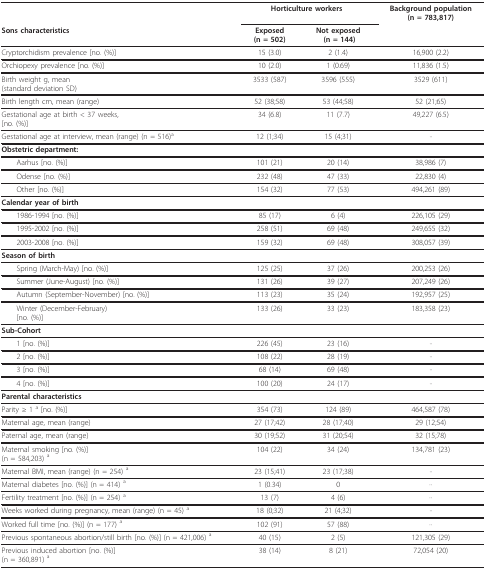
<table><thead><tr><td></td><td colspan="2"><b>Horticulture workers</b></td><td><b>Background population(n = 783,817)</b></td></tr><tr><td><b>Sons characteristics</b></td><td><b>Exposed(n = 502)</b></td><td><b>Not exposed (n = 144)</b></td><td></td></tr></thead><tbody><tr><td>Cryptorchidism prevalence [no. (%)]</td><td>15 (3.0)</td><td>2 (1.4)</td><td>16,900 (2.2)</td></tr><tr><td>Orchiopexy prevalence [no. (%)]</td><td>10 (2.0)</td><td>1 (0.69)</td><td>11,836 (1.5)</td></tr><tr><td>Birth weight g, mean(standard deviation SD)</td><td>3533 (587)</td><td>3596 (555)</td><td>3529 (611)</td></tr><tr><td>Birth length cm, mean (range)</td><td>52 (38;58)</td><td>53 (44;58)</td><td>52 (21;65)</td></tr><tr><td>Gestational age at birth &lt; 37 weeks,[no. (%)]</td><td>34 (6.8)</td><td>11 (7.7)</td><td>49,227 (6.5)</td></tr><tr><td>Gestational age at interview, mean (range) (n = 516)<sup>a</sup></td><td>12 (1;34)</td><td>15 (4;31)</td><td>∙∙</td></tr><tr><td><b>Obstetric department:</b></td><td></td><td></td><td></td></tr><tr><td> Aarhus [no. (%)]</td><td>101 (21)</td><td>20 (14)</td><td>38,986 (7)</td></tr><tr><td> Odense [no. (%)]</td><td>232 (48)</td><td>47 (33)</td><td>22,830 (4)</td></tr><tr><td> Other [no. (%)]</td><td>154 (32)</td><td>77 (53)</td><td>494,261 (89)</td></tr><tr><td><b>Calendar year of birth</b></td><td></td><td></td><td></td></tr><tr><td> 1986-1994 [no. (%)]</td><td>85 (17)</td><td>6 (4)</td><td>226,105 (29)</td></tr><tr><td> 1995-2002 [no. (%)]</td><td>258 (51)</td><td>69 (48)</td><td>249,655 (32)</td></tr><tr><td> 2003-2008 [no. (%)]</td><td>159 (32)</td><td>69 (48)</td><td>308,057 (39)</td></tr><tr><td><b>Season of birth</b></td><td></td><td></td><td></td></tr><tr><td> Spring (March-May) [no. (%)]</td><td>125 (25)</td><td>37 (26)</td><td>200,253 (26)</td></tr><tr><td> Summer (June-August) [no. (%)]</td><td>131 (26)</td><td>39 (27)</td><td>207,249 (26)</td></tr><tr><td> Autumn (September-November) [no. (%)]</td><td>113 (23)</td><td>35 (24)</td><td>192,957 (25)</td></tr><tr><td> Winter (December-February)[no. (%)]</td><td>133 (26)</td><td>33 (23)</td><td>183,358 (23)</td></tr><tr><td><b>Sub-Cohort</b></td><td></td><td></td><td></td></tr><tr><td> 1 [no. (%)]</td><td>226 (45)</td><td>23 (16)</td><td>∙∙</td></tr><tr><td> 2 [no. (%)]</td><td>108 (22)</td><td>28 (19)</td><td>∙∙</td></tr><tr><td> 3 [no. (%)]</td><td>68 (14)</td><td>69 (48)</td><td>∙∙</td></tr><tr><td> 4 [no. (%)]</td><td>100 (20)</td><td>24 (17)</td><td>∙∙</td></tr><tr><td><b>Parental characteristics</b></td><td></td><td></td><td></td></tr><tr><td>Parity ≥ 1 <sup>a </sup>[no. (%)]</td><td>354 (73)</td><td>124 (89)</td><td>464,587 (78)</td></tr><tr><td>Maternal age, mean (range)</td><td>27 (17;42)</td><td>28 (17;40)</td><td>29 (12;54)</td></tr><tr><td>Paternal age, mean (range)</td><td>30 (19;52)</td><td>31 (20;54)</td><td>32 (15;78)</td></tr><tr><td>Maternal smoking [no. (%)](n = 584,203) <sup>a</sup></td><td>104 (22)</td><td>34 (24)</td><td>134,781 (23)</td></tr><tr><td>Maternal BMI, mean (range) (n = 254) <sup>a</sup></td><td>23 (15;41)</td><td>23 (17;38)</td><td>∙∙</td></tr><tr><td>Maternal diabetes [no. (%)] (n = 414) <sup>a</sup></td><td>1 (0.34)</td><td>0</td><td>∙∙</td></tr><tr><td>Fertility treatment [no. (%)] (n = 254) <sup>a</sup></td><td>13 (7)</td><td>4 (6)</td><td>∙∙</td></tr><tr><td>Weeks worked during pregnancy, mean (range) (n = 45) <sup>a</sup></td><td>18 (0;32)</td><td>21 (4;32)</td><td>∙∙</td></tr><tr><td>Worked full time [no. (%)] (n = 177) <sup>a</sup></td><td>102 (91)</td><td>57 (88)</td><td>∙∙</td></tr><tr><td>Previous spontaneous abortion/still birth [no. (%)] (n = 421,006) <sup>a</sup></td><td>40 (15)</td><td>2 (5)</td><td>121,305 (29)</td></tr><tr><td>Previous induced abortion [no. (%)](n = 360,891) <sup>a</sup></td><td>38 (14)</td><td>8 (21)</td><td>72,054 (20)</td></tr></tbody></table>